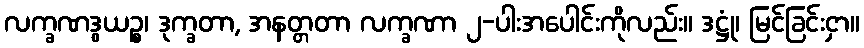
လက္ခဏဒွယဉ္စ၊ ဒုက္ခတာ, အနတ္တတာ လက္ခဏာ ၂-ပါးအပေါင်းကိုလည်း။ ဒဋ္ဌုံ၊ မြင်ခြင်းငှာ။